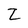
Character: Z